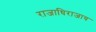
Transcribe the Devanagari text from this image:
राजाधिराजाय